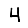
Digit: 4